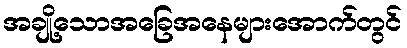
အချို့သောအခြေအနေများအောက်တွင်